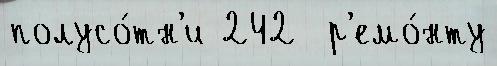
полусо́тн'и 242  р'емо́нту